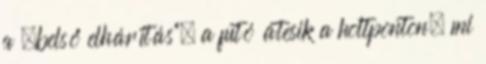
a „belső elhárítás”, a futó átesik a holtponton, mi